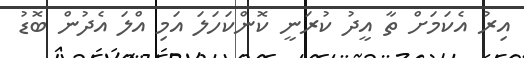
އިރު އެކަމަށް ތާ އީދު ކުރަނީ ކޮންކަހަލަ އަމި އްލަ އެދުން ބޮޑު